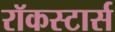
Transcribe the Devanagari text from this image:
रॉकस्टार्स